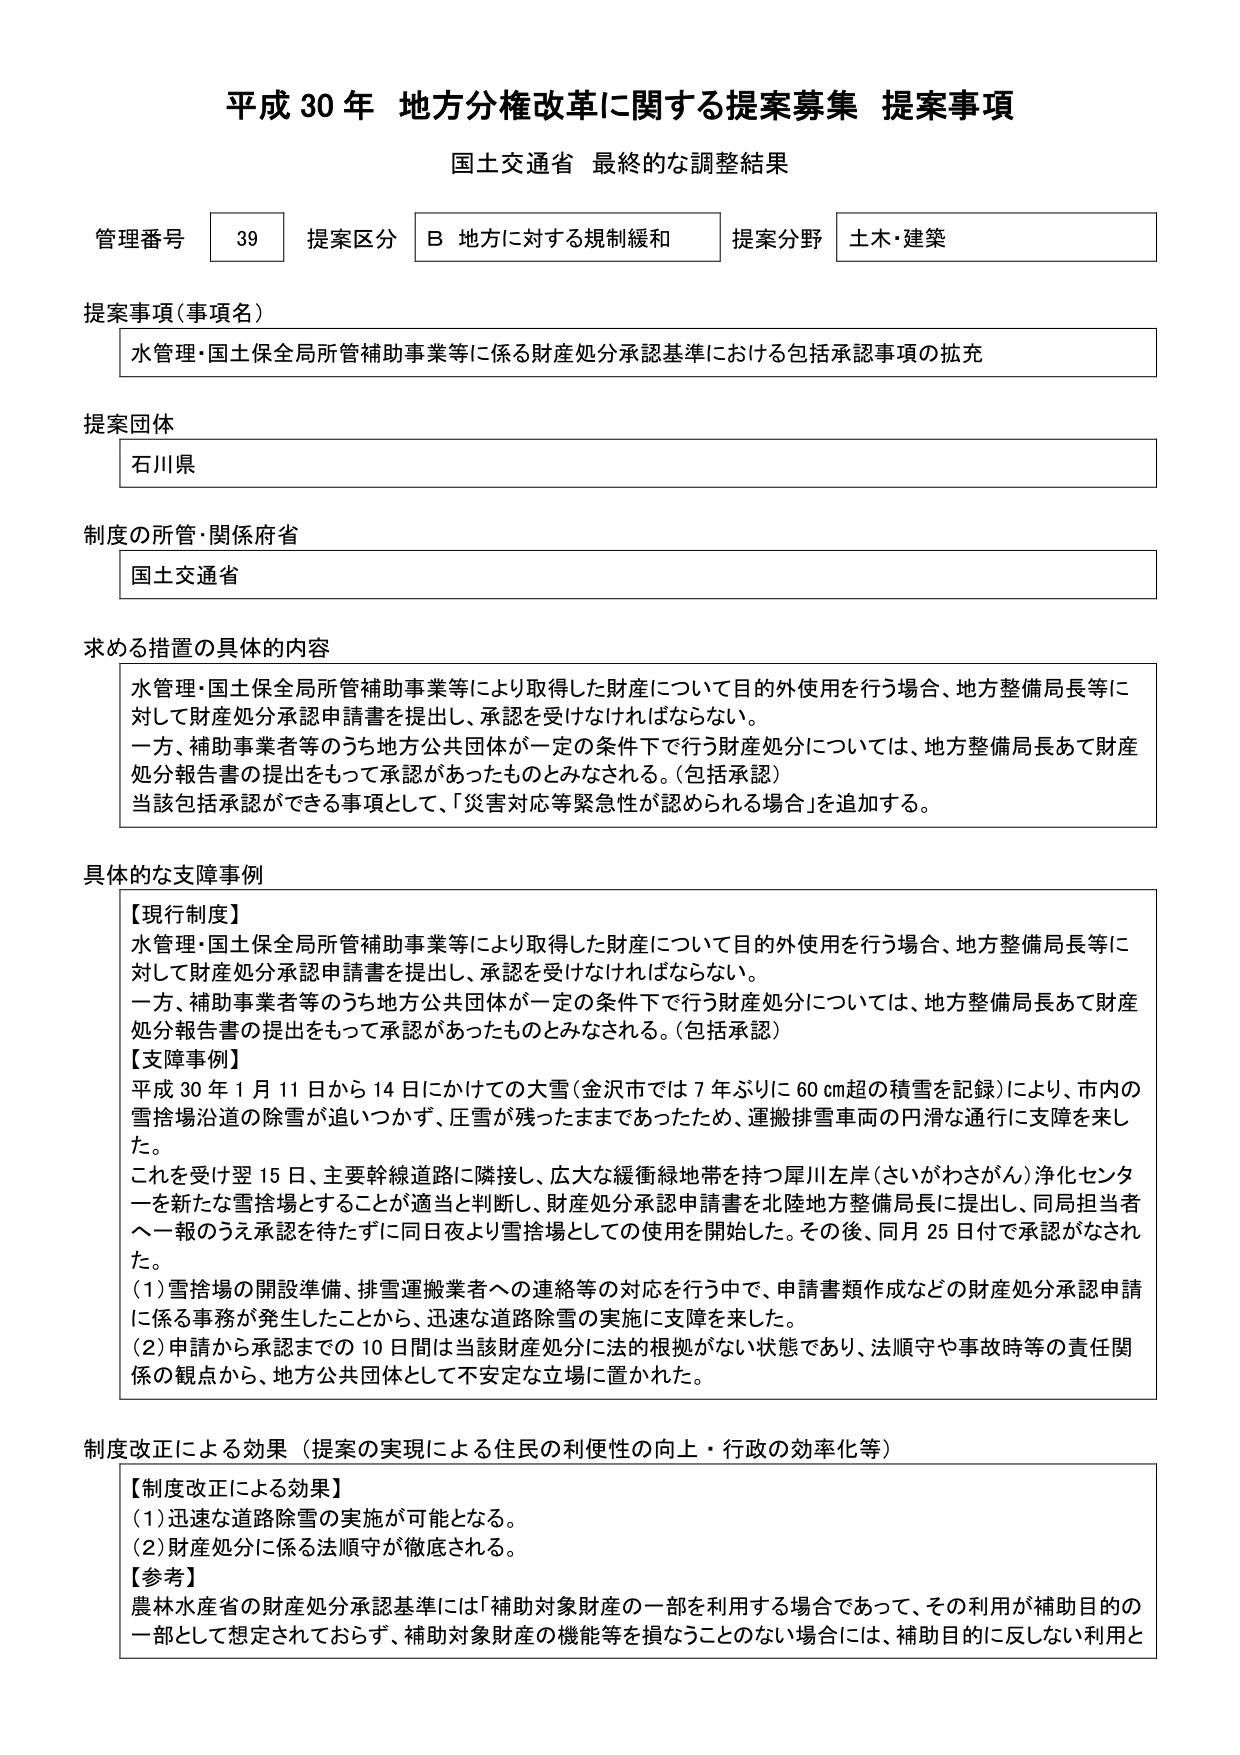
平成30年 地方分権改革に関する提案募集 提案事項
国土交通省 最終的な調整結果

管理番号 39 提案区分 B 地方に対する規制緩和 提案分野 土木・建築

提案事項（事項名）
水管理・国土保全局所管補助事業等に係る財産処分承認基準における包括承認事項の拡充

提案団体
石川県

制度の所管・関係府省
国土交通省

求める措置の具体的内容
水管理・国土保全局所管補助事業等により取得した財産について目的外使用を行う場合、地方整備局長等に対して財産処分承認申請書を提出し、承認を受けなければならない。
一方、補助事業者等のうち地方公共団体が一定の条件下で行う財産処分については、地方整備局長あて財産処分報告書の提出をもって承認があったものとみなされる。（包括承認）
当該包括承認ができる事項として、「災害対応等緊急性が認められる場合」を追加する。

具体的な支障事例
【現行制度】
水管理・国土保全局所管補助事業等により取得した財産について目的外使用を行う場合、地方整備局長等に対して財産処分承認申請書を提出し、承認を受けなければならない。
一方、補助事業者等のうち地方公共団体が一定の条件下で行う財産処分については、地方整備局長あて財産処分報告書の提出をもって承認があったものとみなされる。（包括承認）
【支障事例】
平成30年1月11日から14日にかけての大雪（金沢市では7年ぶりに60cm超の積雪を記録）により、市内の雪捨場沿道の除雪が追いつかず、圧雪が残ったままであったため、運搬排雪車両の円滑な通行に支障を来した。
これを受け翌15日、主要幹線道路に隣接し、広大な緩衝緑地帯を持つ犀川左岸（さいがわさがん）浄化センターを新たな雪捨場とすることが適当と判断し、財産処分承認申請書を北陸地方整備局長に提出し、同局担当者へ一報のうえ承認を待たずして同日夜より雪捨場としての使用を開始した。その後、同月25日付で承認がなされた。
（1）雪捨場の開設準備、排雪運搬業者への連絡等の対応を行う中で、申請書類作成などの財産処分承認申請に係る事務が発生したことから、迅速な道路除雪の実施に支障を来した。
（2）申請から承認までの10日間は当該財産処分に法的根拠がない状態であり、法順守や事故時等の責任関係の観点から、地方公共団体として不安定な立場に置かれた。

制度改正による効果（提案の実現による住民の利便性の向上・行政の効率化等）
【制度改正による効果】
（1）迅速な道路除雪の実施が可能となる。
（2）財産処分に係る法順守が徹底される。
【参考】
農林水産省の財産処分承認基準には「補助対象財産の一部を利用する場合であって、その利用が補助目的の一部として想定されておらず、補助対象財産の機能等を損なうことのない場合には、補助目的に反しない利用と